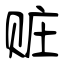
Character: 赃